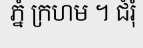
ភ្នំ ក្រហម ។ ជំរុំ